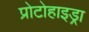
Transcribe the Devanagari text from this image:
प्रोटोहाइड्रा